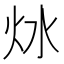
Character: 𤆩